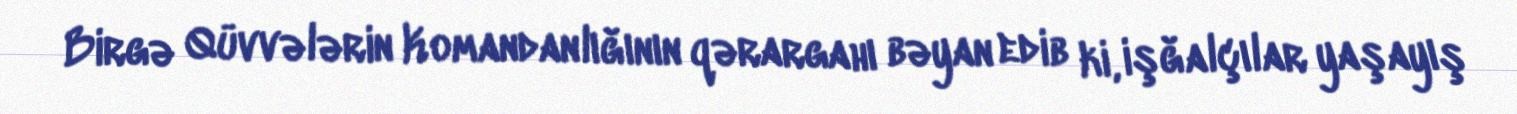
Birgə Qüvvələrin Komandanlığının qərargahı bəyan edib ki, işğalçılar yaşayış